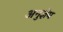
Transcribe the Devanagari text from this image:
अनुज्ञेय